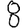
Digit: 8